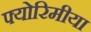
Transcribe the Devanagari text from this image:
फ्योरिमीया